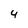
Character: 4